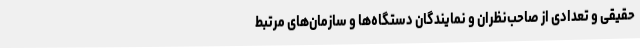
حقیقی و تعدادی از صاحب‌نظران و نمایندگان دستگاه‌ها و سازمان‌های مرتبط